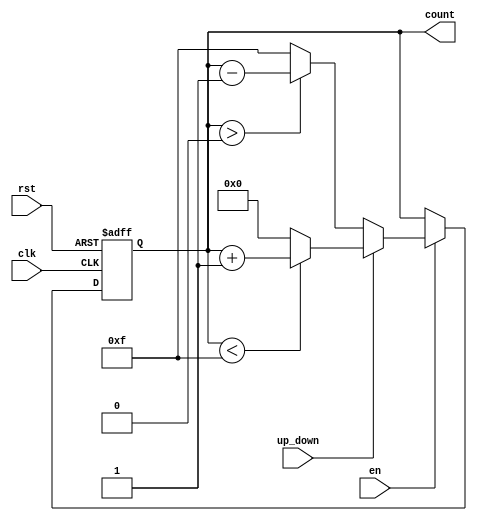
module up_down_counter #(
    parameter N = 4 // Parameter for number of bits in the counter
)(
    input clk,          // Clock signal
    input rst,          // Asynchronous reset signal
    input en,           // Enable signal
    input up_down,      // Up/Down control signal
    output reg [N-1:0] count // N-bit counter output
);

// Asynchronous reset and counting logic
always @(posedge clk or posedge rst) begin
    if (rst) begin
        count <= 0; // Reset counter to 0
    end else if (en) begin
        if (up_down) begin
            // Count up
            if (count < (2**N - 1)) begin
                count <= count + 1; // Increment count
            end else begin
                count <= 0; // Wrap around to 0
            end
        end else begin
            // Count down
            if (count > 0) begin
                count <= count - 1; // Decrement count
            end else begin
                count <= (2**N - 1); // Wrap around to max value
            end
        end
    end
end

endmodule